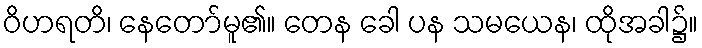
ဝိဟရတိ၊ နေတော်မူ၏။ တေန ခေါ ပန သမယေန၊ ထိုအခါ၌။